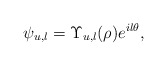
\begin{align*}\psi_{u,l} = \Upsilon_{u,l}(\rho)e^{il\theta},\end{align*}